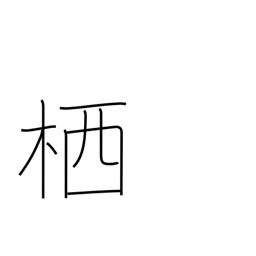
Meaning: hive